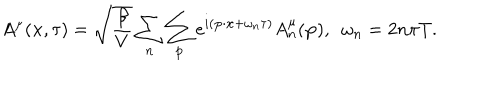
A ^ { \mu } ( { \bf x } , \tau ) = \sqrt { \frac { \beta } { V } } \sum _ { n } \sum _ { { \bf p } } e ^ { i ( { \bf p } \cdot { \bf x } + \omega _ { n } \tau ) } A _ { n } ^ { \mu } ( { \bf p } ) , \ \ \omega _ { n } = 2 n \pi T .